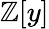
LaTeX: \mathbb{Z}[y]